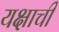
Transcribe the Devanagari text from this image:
यक्षाची